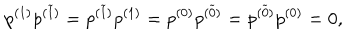
LaTeX: p ^ { ( 1 ) } p ^ { ( \widetilde { 1 } ) } = p ^ { ( \widetilde { 1 } ) } p ^ { ( 1 ) } = p ^ { ( 0 ) } p ^ { ( \widetilde { 0 } ) } = p ^ { ( \widetilde { 0 } ) } p ^ { ( 0 ) } = 0 ,